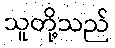
သူတို့သည်